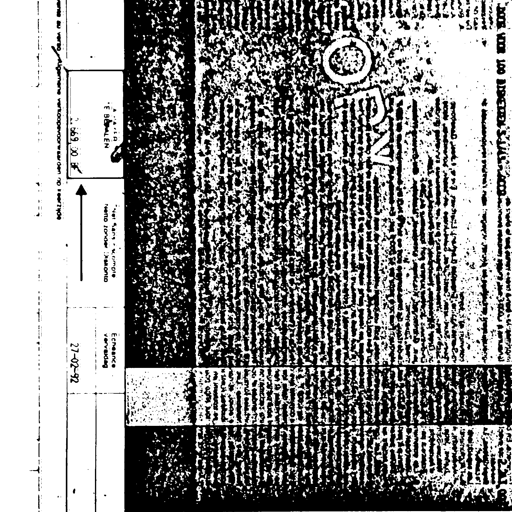
BOEK VOOR 100 BANKBRIEVEN S.J.A.L. 2003
A PAYER
TE BETALEN
Net sans escompte
netto zonder korting
Echeance
vervaldag
2.669,00 BF
27-02-92
voir conditions generales de vente au verso / Algemene verkoopsvoorwaarden op keerzijde